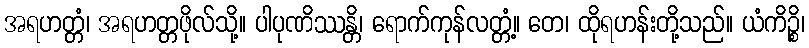
အရဟတ္တံ၊ အရဟတ္တဖိုလ်သို့။ ပါပုဏိဿန္တိ၊ ရောက်ကုန်လတ္တံ့။ တေ၊ ထိုရဟန်းတို့သည်။ ယံကိဉ္စိ၊